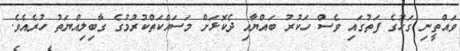
ވައްތީނި ގަހުގެ ފަތުގައި ވެސް ހަކުރު ބައްޔާއި ދެކޮޅަށް މަސައްކަތްކުރުމުގެ ގާބިލިއްޔަތު ހުރެއެވެ.